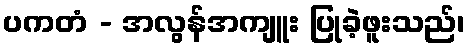
ပကတံ - အလွန်အကျူး ပြုခဲ့ဖူးသည်၊